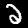
Digit: 2